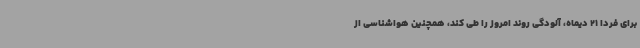
برای فردا 21 دیماه، آلودگی روند امروز را طی کند، همچنین هواشناسی از